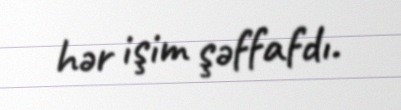
hər işim şəffafdı.